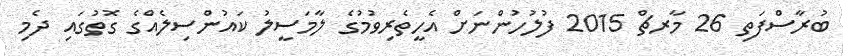
ބުރާސްފަތި 26 މާރޗް 2015 ފުލުހުންނަށް އެހީތެރިވުމުގެ ލާމަސީލު ކައުންސިލެއްގެ ގޮތުގައި ދެމި